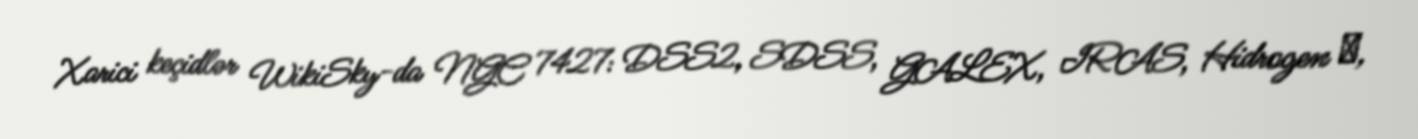
Xarici keçidlər WikiSky-da NGC 7427: DSS2, SDSS, GALEX, IRAS, Hidrogen α,